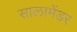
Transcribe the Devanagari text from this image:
सालामेंडर